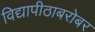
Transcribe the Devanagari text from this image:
विद्यापीठाबरोबर